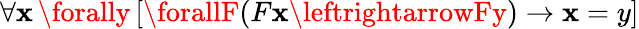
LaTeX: \forall\mathbf{x}\, \forally\, [\forallF(F\mathbf{x}\leftrightarrowFy)\rightarrow\mathbf{x}=y]